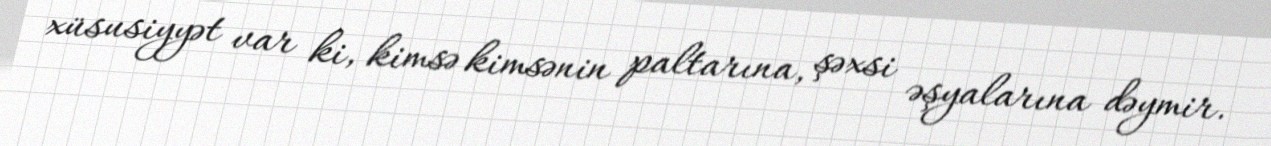
xüsusiyyət var ki, kimsə kimsənin paltarına, şəxsi əşyalarına dəymir.